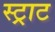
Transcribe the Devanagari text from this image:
स्ट्राट